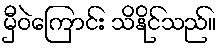
မှီဝဲကြောင်း သိနိုင်သည်။